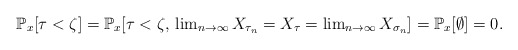
\begin{align*}\mathbb{P}_{x}[\tau<\zeta]=\mathbb{P}_{x}[\tau<\zeta,\,\lim\nolimits_{n\to\infty}X_{\tau_{n}}=X_{\tau}=\lim\nolimits_{n\to\infty}X_{\sigma_{n}}]=\mathbb{P}_{x}[\emptyset]=0.\end{align*}